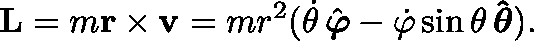
\mathbf { L } = m \mathbf { r } \times \mathbf { v } = m r ^ { 2 } ( { \dot { \theta } } \, { \hat { \boldsymbol { \varphi } } } - { \dot { \varphi } } \sin \theta \, \mathbf { \hat { \boldsymbol { \theta } } } ) .